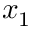
x _ { 1 }